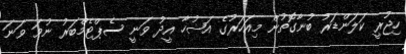
ހިޖުރީ ކަލަންޑަރު ބުނާގޮތުން މިއަހަރުގެ އަޟުހާ އީދު ވަނީ ސެޕްޓެމްބަރު ނުވަ ވަނަ